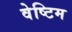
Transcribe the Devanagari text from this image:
वेष्टिम